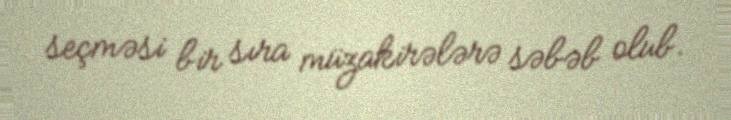
seçməsi bir sıra müzakirələrə səbəb olub.